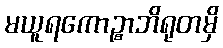
မယူရကောဉ္စာဘိရုတမှိ